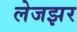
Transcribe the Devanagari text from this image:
लेजझर